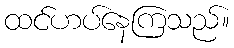
ထင်ဟပ်နေကြသည်။